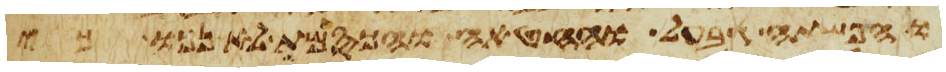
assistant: והפשתה גבעל והחטה והכסמת לא נכו כי